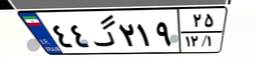
۶۲گ۱۳۰۶۵